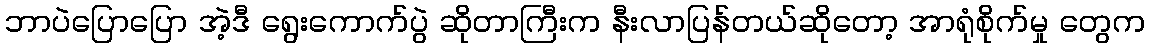
ဘာပဲပြောပြော အဲ့ဒီ ရွေးကောက်ပွဲ ဆိုတာကြီးက နီးလာပြန်တယ်ဆိုတော့ အာရုံစိုက်မှု တွေက